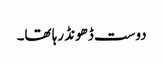
دوست ڈھونڈ رہا تھا۔